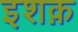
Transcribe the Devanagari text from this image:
इशक़